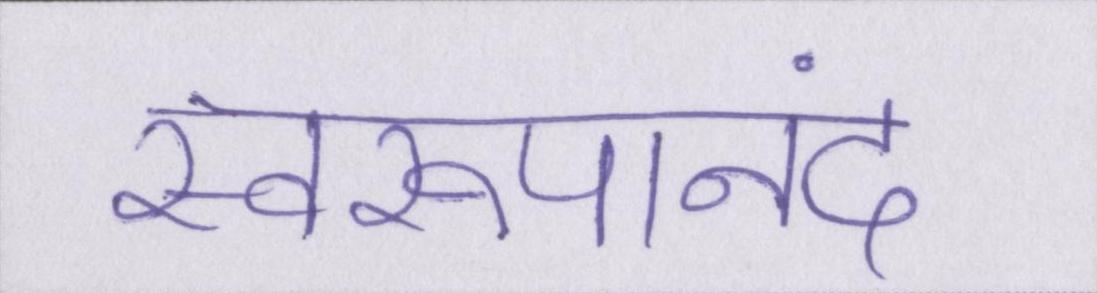
स्वरूपानंद